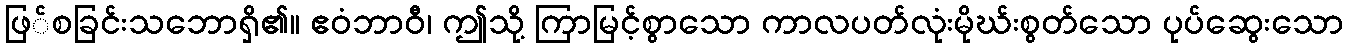
ဖြ်စခြင်းသဘောရှိ၏။ ဧဝံဘာဝီ၊ ဤသို့ ကြာမြင့်စွာသော ကာလပတ်လုံးမိုဃ်းစွတ်သော ပုပ်ဆွေးသော